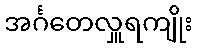
အင်္ဂတေလှူရကျိုး